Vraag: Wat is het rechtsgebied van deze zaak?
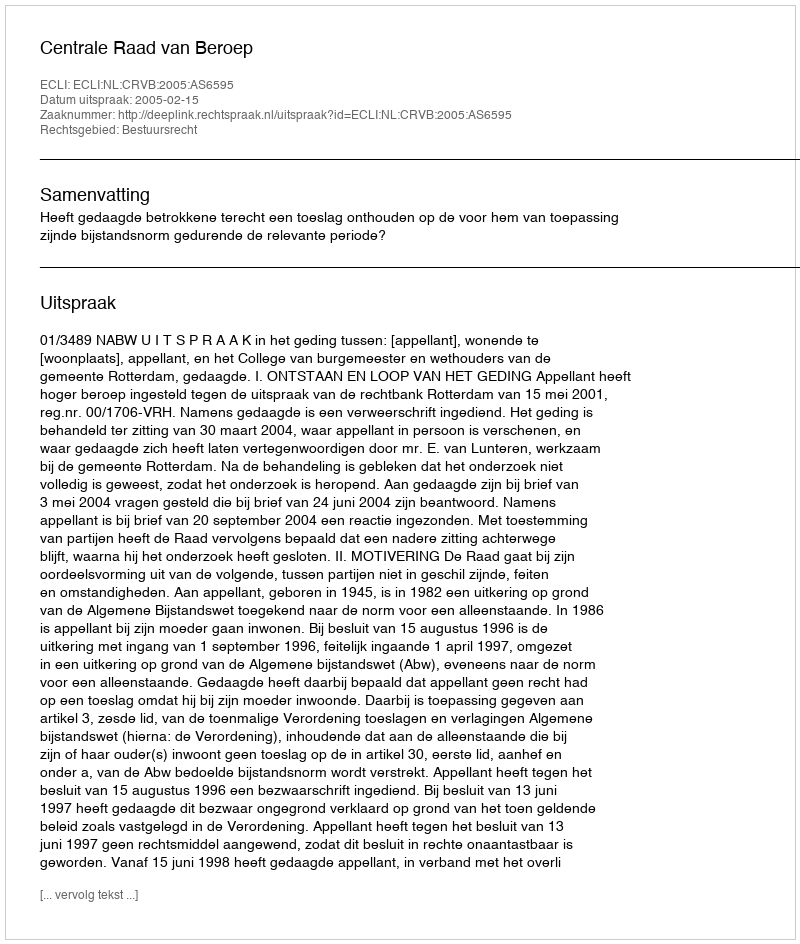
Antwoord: Bestuursrecht